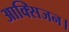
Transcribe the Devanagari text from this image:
आक्सिजन।